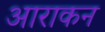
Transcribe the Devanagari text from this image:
आराकन